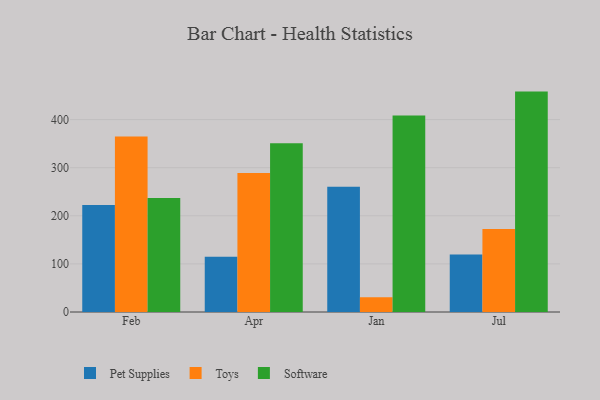
{"axis": {"x": "Month", "y": "Satisfaction Score"}, "legend": ["Pet Supplies", "Software", "Toys"], "data": [{"x": "Feb", "y": 222.3, "type": "Pet Supplies"}, {"x": "Feb", "y": 364.6, "type": "Toys"}, {"x": "Feb", "y": 237.1, "type": "Software"}, {"x": "Apr", "y": 114.8, "type": "Pet Supplies"}, {"x": "Apr", "y": 289.2, "type": "Toys"}, {"x": "Apr", "y": 351.0, "type": "Software"}, {"x": "Jan", "y": 260.4, "type": "Pet Supplies"}, {"x": "Jan", "y": 30.5, "type": "Toys"}, {"x": "Jan", "y": 408.6, "type": "Software"}, {"x": "Jul", "y": 119.3, "type": "Pet Supplies"}, {"x": "Jul", "y": 172.4, "type": "Toys"}, {"x": "Jul", "y": 458.2, "type": "Software"}]}